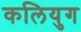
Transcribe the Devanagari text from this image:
कलियुग